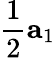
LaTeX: \frac{1}{2}\mathbf{a}_{1}